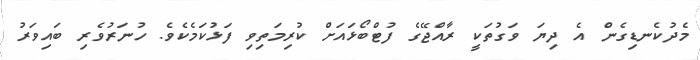
މެދުކެނޑިގެން އެ ދިޔަ ވަގުތަކީ ރާއްޖޭގެ ފުޓްބޯޅައަށް ކުރިމަތިވި ފަޅުކަމެކެެވެ. ހުނަރުވެރި ބައިވަރު